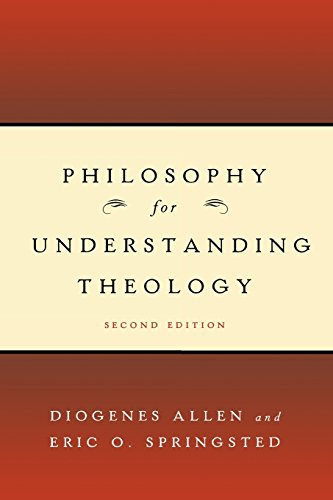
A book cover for Philosophy for Understanding Theology, Second Edition; Diogenes Allen; Christian Books & Bibles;